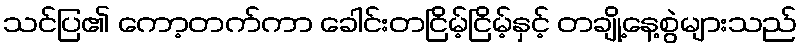
သင်ပြ၏ ကော့တက်ကာ ခေါင်းတငြိမ့်ငြိမ့်နှင့် တချို့နေ့စွဲများသည်